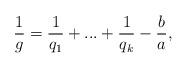
LaTeX: \begin{align*} \frac{1}{g}= \frac{1}{q_1}+...+\frac{1}{q_{k}} -\frac{b}{a},\end{align*}